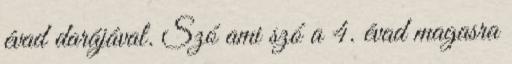
évad darájával. Szó ami szó a 4. évad magasra